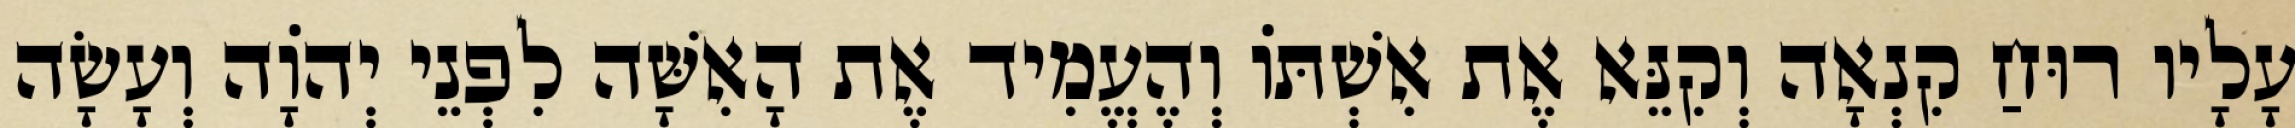
עָלָיו רוּחַ קִנְאָה וְקִנֵּא אֶת אִשְׁתּוֹ וְהֶעֱמִיד אֶת הָאִשָּׁה לִפְנֵי יְהֹוָה וְעָשָׂה